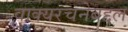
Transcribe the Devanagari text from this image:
वाक्यरचनेबद्दल